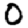
Digit: 0